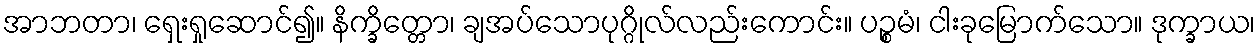
အာဘတာ၊ ရှေးရှုဆောင်၍။ နိက္ခိတ္တော၊ ချအပ်သောပုဂ္ဂိုလ်လည်းကောင်း။ ပဉ္စမံ၊ ငါးခုမြောက်သော။ ဒုက္ခာယ၊